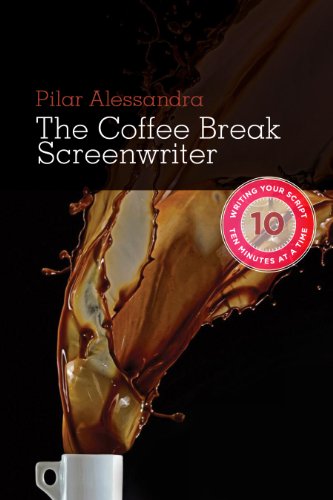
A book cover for The Coffee Break Screenwriter: Writing Your Script Ten Minutes at a Time; Pilar Alessandra; Humor & Entertainment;